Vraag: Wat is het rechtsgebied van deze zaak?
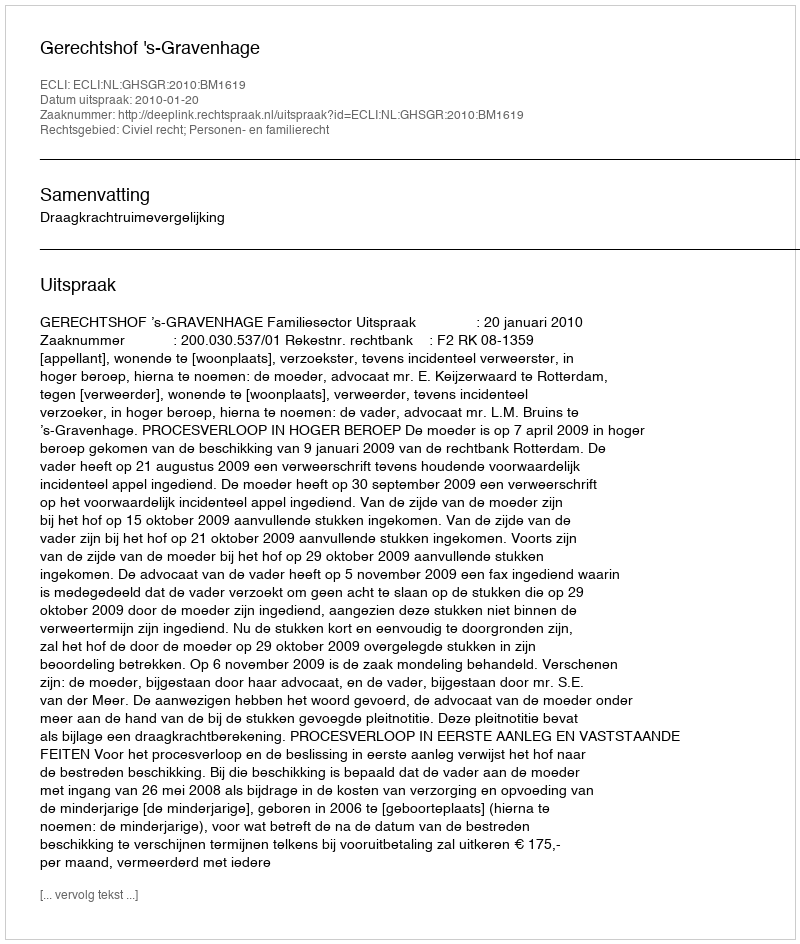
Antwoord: Civiel recht; Personen- en familierecht